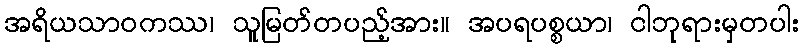
အရိယသာဝကဿ၊ သူမြတ်တပည့်အား။ အပရပစ္စယာ၊ ငါဘုရားမှတပါး